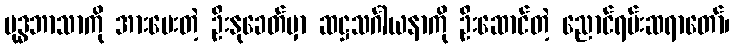
ဗုဒ္ဓဘာသာကို အားပေးတဲ့ ဦးနုခေတ်မှာ ဆဋ္ဌသင်္ဂါယနာကို ဦးဆောင်တဲ့ ညောင်ရမ်းဆရာတော်၊